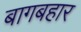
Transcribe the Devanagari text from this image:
बागबहार